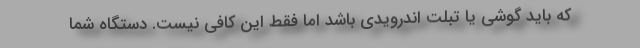
که باید گوشی یا تبلت اندرویدی باشد اما فقط این کافی نیست. دستگاه شما